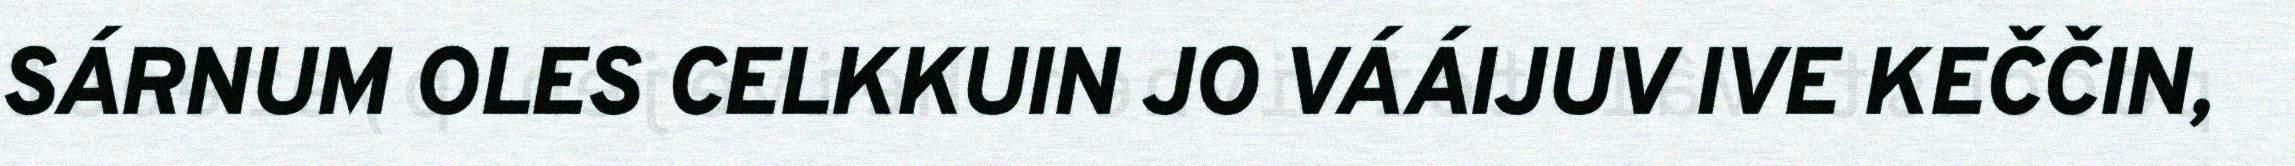
SÁRNUM OLES CELKKUIN JO VÁÁIJUV IVE KEČČIN,